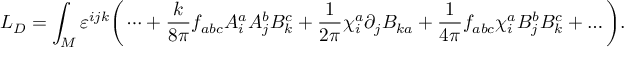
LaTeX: L _ { D } = \int _ { \cal M } \varepsilon ^ { i j k } \bigg ( \dots + { \frac { k } { 8 \pi } } f _ { a b c } A _ { i } ^ { a } A _ { j } ^ { b } B _ { k } ^ { c } + { \frac { 1 } { 2 \pi } } \chi _ { i } ^ { a } \partial _ { j } B _ { k a } + { \frac { 1 } { 4 \pi } } f _ { a b c } \chi _ { i } ^ { a } B _ { j } ^ { b } B _ { k } ^ { c } + \dots \bigg ) .